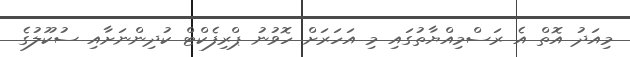
މިއަދު އޮތް އެ ރަސްމިއްޔާތުގައި މި އަހަރަށް ހޮވުނު ޕްރިފެކްޓް ކުދިންނަށާއި ސުކޫލުގެ